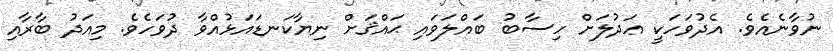
ނުވާނެއެވެ. އެދުވަހަކީ ޢަދުލަށް ހިސާބު ބައްލަވައި ޙައްޤަށް ނިޔާކަނޑައަޅުއްވާ ދުވަހެވެ. މިއަދު ބާރާއި